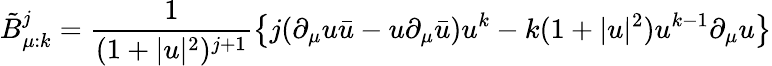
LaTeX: \tilde{B}_{\mu:k}^{j}=\frac{1}{(1+|u|^{2})^{j+1}}\left\{ j(\partial_{\mu}u\bar{u}-u\partial_{\mu}\bar{u})u^{k}-k(1+|u|^{2})u^{k-1}\partial_{\mu}u\right\}